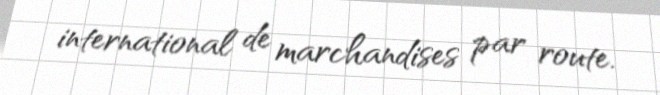
international de marchandises par route.